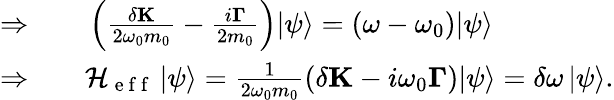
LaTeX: \begin{array}{rl}{\Rightarrow\quad}&{{}\left({\frac{{\delta\mathbf{K}}}{{2{\omega_{0}}m_{0}}}-\frac{{i{\mathbf{\Gamma}}}}{2m_{0}}}\right){\left|\psi\right\rangle}=(\omega-\omega_{0}){\left|\psi\right\rangle}}\\ {\Rightarrow\quad}&{{}\mathcal{H}_{\mathrm{~e~f~f~}}\left|\psi\right\rangle=\frac{{1}}{{2{\omega_{0}}m_{0}}}\left({\delta\mathbf{K}-i\omega_{0}\mathbf{\Gamma}}\right){\left|\psi\right\rangle}=\delta\omega\left|\psi\right\rangle.}\end{array}